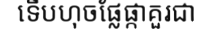
ទើបហុចផ្លែផ្កាគួរជា